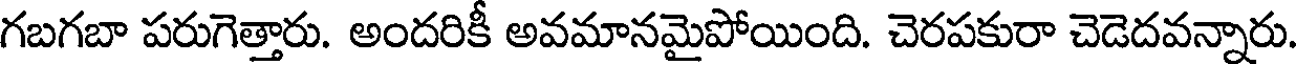
గబగబా పరుగెత్తారు. అందరికీ అవమానమైపోయింది. చెరపకురా చెడెదవన్నారు